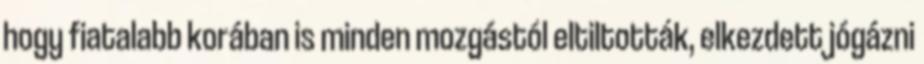
hogy fiatalabb korában is minden mozgástól eltiltották, elkezdett jógázni